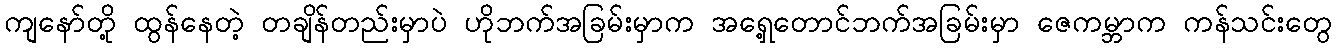
ကျနော်တို့ ထွန်နေတဲ့ တချိန်တည်းမှာပဲ ဟိုဘက်အခြမ်းမှာက အရှေ့တောင်ဘက်အခြမ်းမှာ ဇေကမ္ဘာက ကန်သင်းတွေ